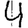
Digit: 4